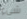
شيء